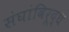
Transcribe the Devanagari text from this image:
संघांविरूद्ध